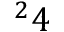
^ 2 4